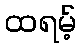
ထရမ့်